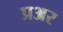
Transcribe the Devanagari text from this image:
प्रअर